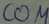
Text: COM